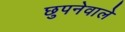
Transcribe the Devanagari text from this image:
छुपनेवाले